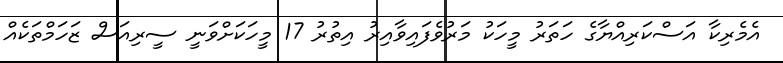
އެމެރިކާ އަސްކަރިއްޔާގެ ހަތަރު މީހަކު މަރުވެފައިވާއިރު އިތުރު 17 މީހަކަށްވަނީ ސީރިއަސް ޒަހަމްތަކެއް